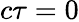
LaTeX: c\tau=0